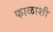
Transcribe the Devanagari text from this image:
फाळाशी